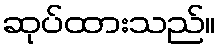
ဆုပ်ထားသည်။